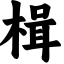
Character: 楫